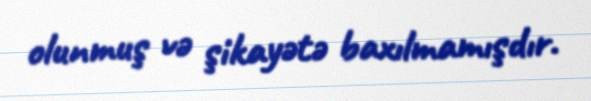
olunmuş və şikayətə baxılmamışdır.